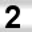
Digit: 2